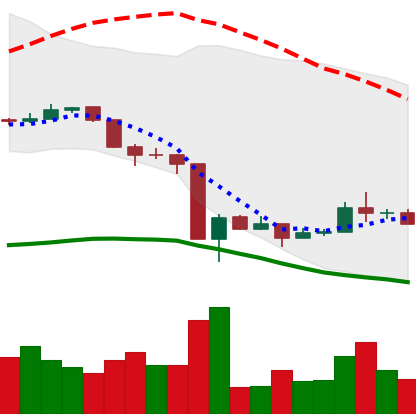
Ticker: ADA-USD
Chart end date: 2020-03-22
Forward return: 8.166%
Label: up_7plus